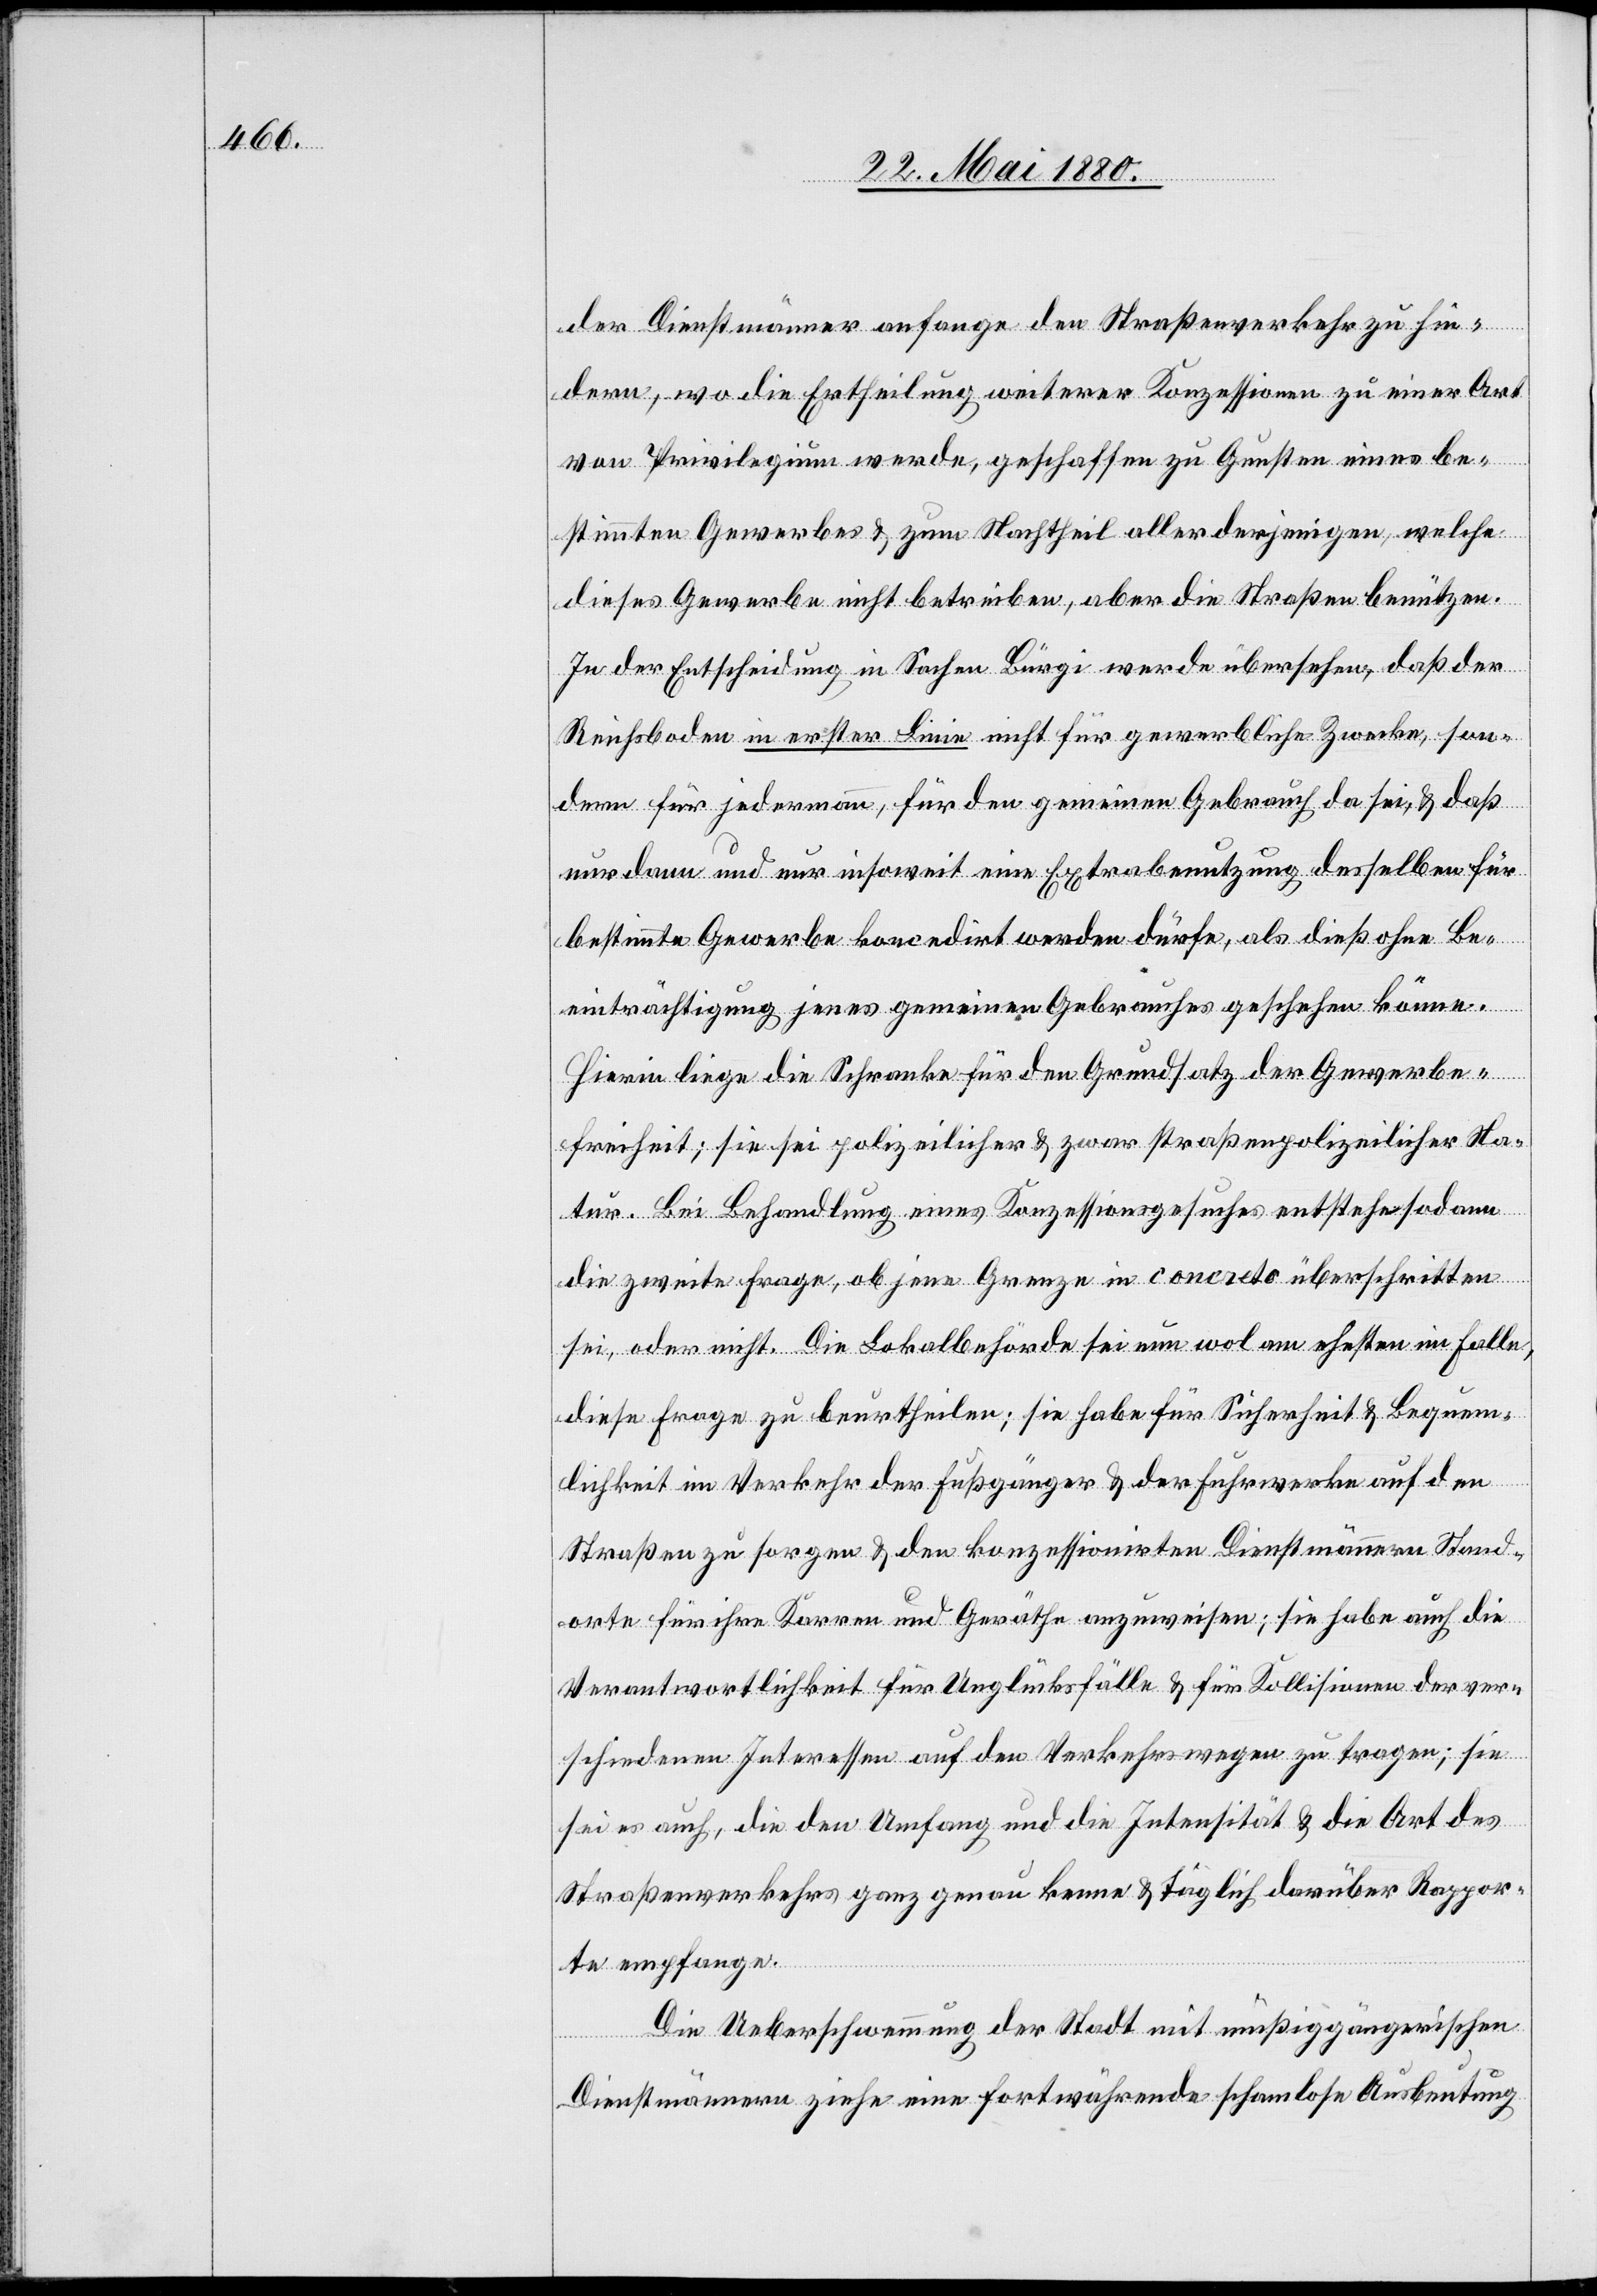
der Dienstmänner anfange den Straßenverkehr zu hin¬
dern, wo die Ertheilung weiterer Konzessionen zu einer Art
von Privilegium werde, geschaffen zu Gunsten eines be¬
stimmten Gewerbes & zum Nachtheil aller derjenigen, welche
dieses Gewerbe nicht betreiben, aber die Straßen benützen.
In der Entscheidung in Sachen Bürgi werde übersehen, daß der
Reichsboden in erster Linie nicht für gewerbliche Zwecke, son¬
dern für jedermann, für den gemeinen Gebrauch da sei, & daß
nur dann und nur insoweit eine Extrabenutzung desselben für
bestimmte Gewerbe koncedirt werden dürfe, als dieß ohne Be¬
einträchtigung jenes gemeinen Gebrauches geschehen könne.
Hierin liege die Schranke für den Grundsatz der Gewerbe¬
freiheit; sie sei polizeilicher & zwar straßenpolizeilicher Na¬
tur. Bei Behandlung eines Konzessionsgesuches entstehe sodann
die zweite Frage, ob jene Grenze in concreto überschritten
sei, oder nicht. Die Lokalbehörde sei nun wol am ehesten im Falle,
diese Frage zu beurtheilen; sie habe für Sicherheit & Bequem¬
lichkeit im Verkehr der Fußgänger & der Fuhrwerke auf den
Straßen zu sorgen & den konzessionirten Dienstmännern Stand¬
orte für ihre Karren und Geräthe anzuweisen; sie habe auch die
Verantwortlichkeit für Unglücksfälle & für Kollisionen der ver¬
schiedenen Interessen auf den Verkehrswegen zu tragen; sie
sei es auch, die den Umfang und die Intensität & die Art des
Straßenverkehrs ganz genau kenne & täglich darüber Rappor¬
te empfange.
Die Ueberschwemmung der Stadt mit müßiggängerischen
Dienstmännern ziehe eine fortwährende schamlose Ausbeutung